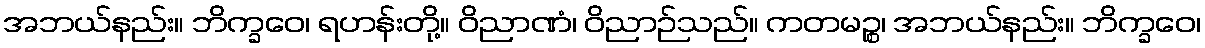
အဘယ်နည်း။ ဘိက္ခဝေ၊ ရဟန်းတို့။ ဝိညာဏံ၊ ဝိညာဉ်သည်။ ကတမဉ္စ၊ အဘယ်နည်း။ ဘိက္ခဝေ၊